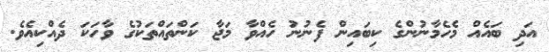
އަދި ބައެއް މެހެމާނުންގެ ކިބައިން ފެނުނު ހެއްވާ މަޖާ ކަންތައްތަކުގެ ވާހަކަ ދެއްކިއެވެ.